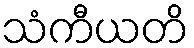
သံကီယတိ